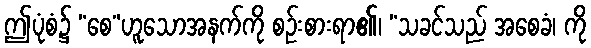
ဤပုံစံ၌ “စေ”ဟူသောအနက်ကို စဉ်းစားရာ၏၊ “သခင်သည် အစေခံ၊ ကို